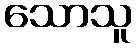
သောသူ